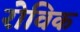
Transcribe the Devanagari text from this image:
रोविक